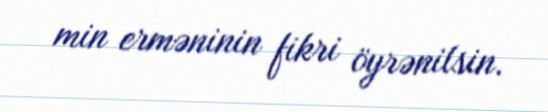
min erməninin fikri öyrənilsin.